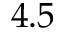
4 . 5